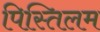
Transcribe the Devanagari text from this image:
पिस्तिलम